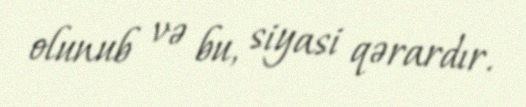
olunub və bu, siyasi qərardır.